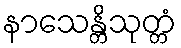
နာသေန္တိသုတ္တံ